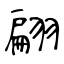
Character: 翩